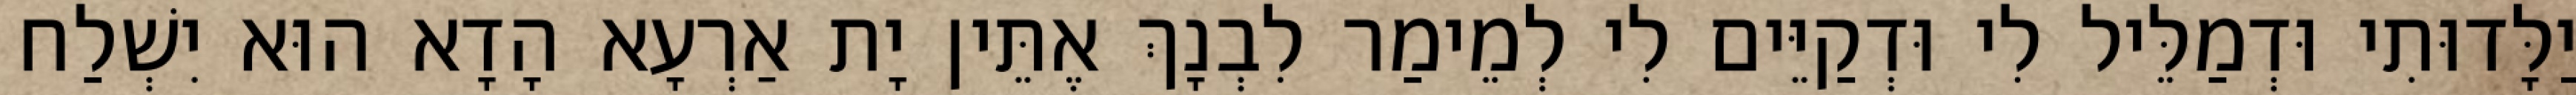
יַלָּדוּתִי וּדְמַלֵּיל לִי וּדְקַיֵּים לִי לְמֵימַר לִבְנָךְ אֶתֵּין יָת אַרְעָא הָדָא הוּא יִשְׁלַח